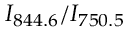
I _ { 8 4 4 . 6 } / I _ { 7 5 0 . 5 }